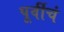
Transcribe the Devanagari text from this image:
पूर्वीचं